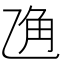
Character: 𱎆